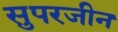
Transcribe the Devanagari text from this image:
सुपरजीन